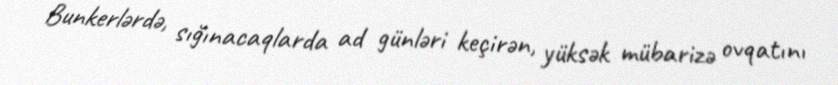
Bunkerlərdə, sığınacaqlarda ad günləri keçirən, yüksək mübarizə ovqatını